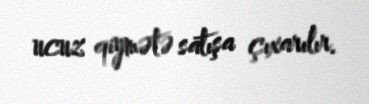
ucuz qiymətə satışa çıxarılır.